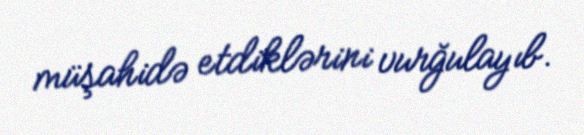
müşahidə etdiklərini vurğulayıb.